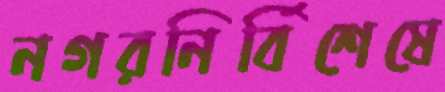
নগরনির্বিশেষে